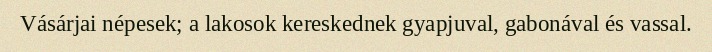
Vásárjai népesek; a lakosok kereskednek gyapjuval, gabonával és vassal.